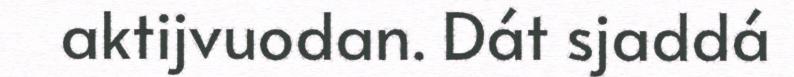
aktijvuodan. Dát sjaddá